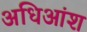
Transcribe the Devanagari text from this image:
अधिआंश